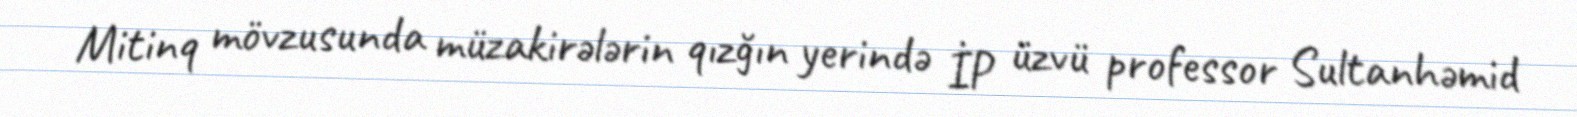
Mitinq mövzusunda müzakirələrin qızğın yerində İP üzvü professor Sultanhəmid